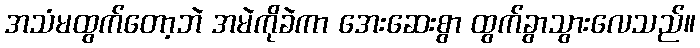
အသံမထွက်တော့ဘဲ အမဲကိုခဲကာ အေးဆေးစွာ ထွက်ခွာသွားလေသည်။